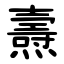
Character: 燾